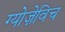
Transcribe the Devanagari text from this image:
ग्योज़ेविच